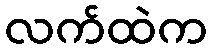
လက်ထဲက